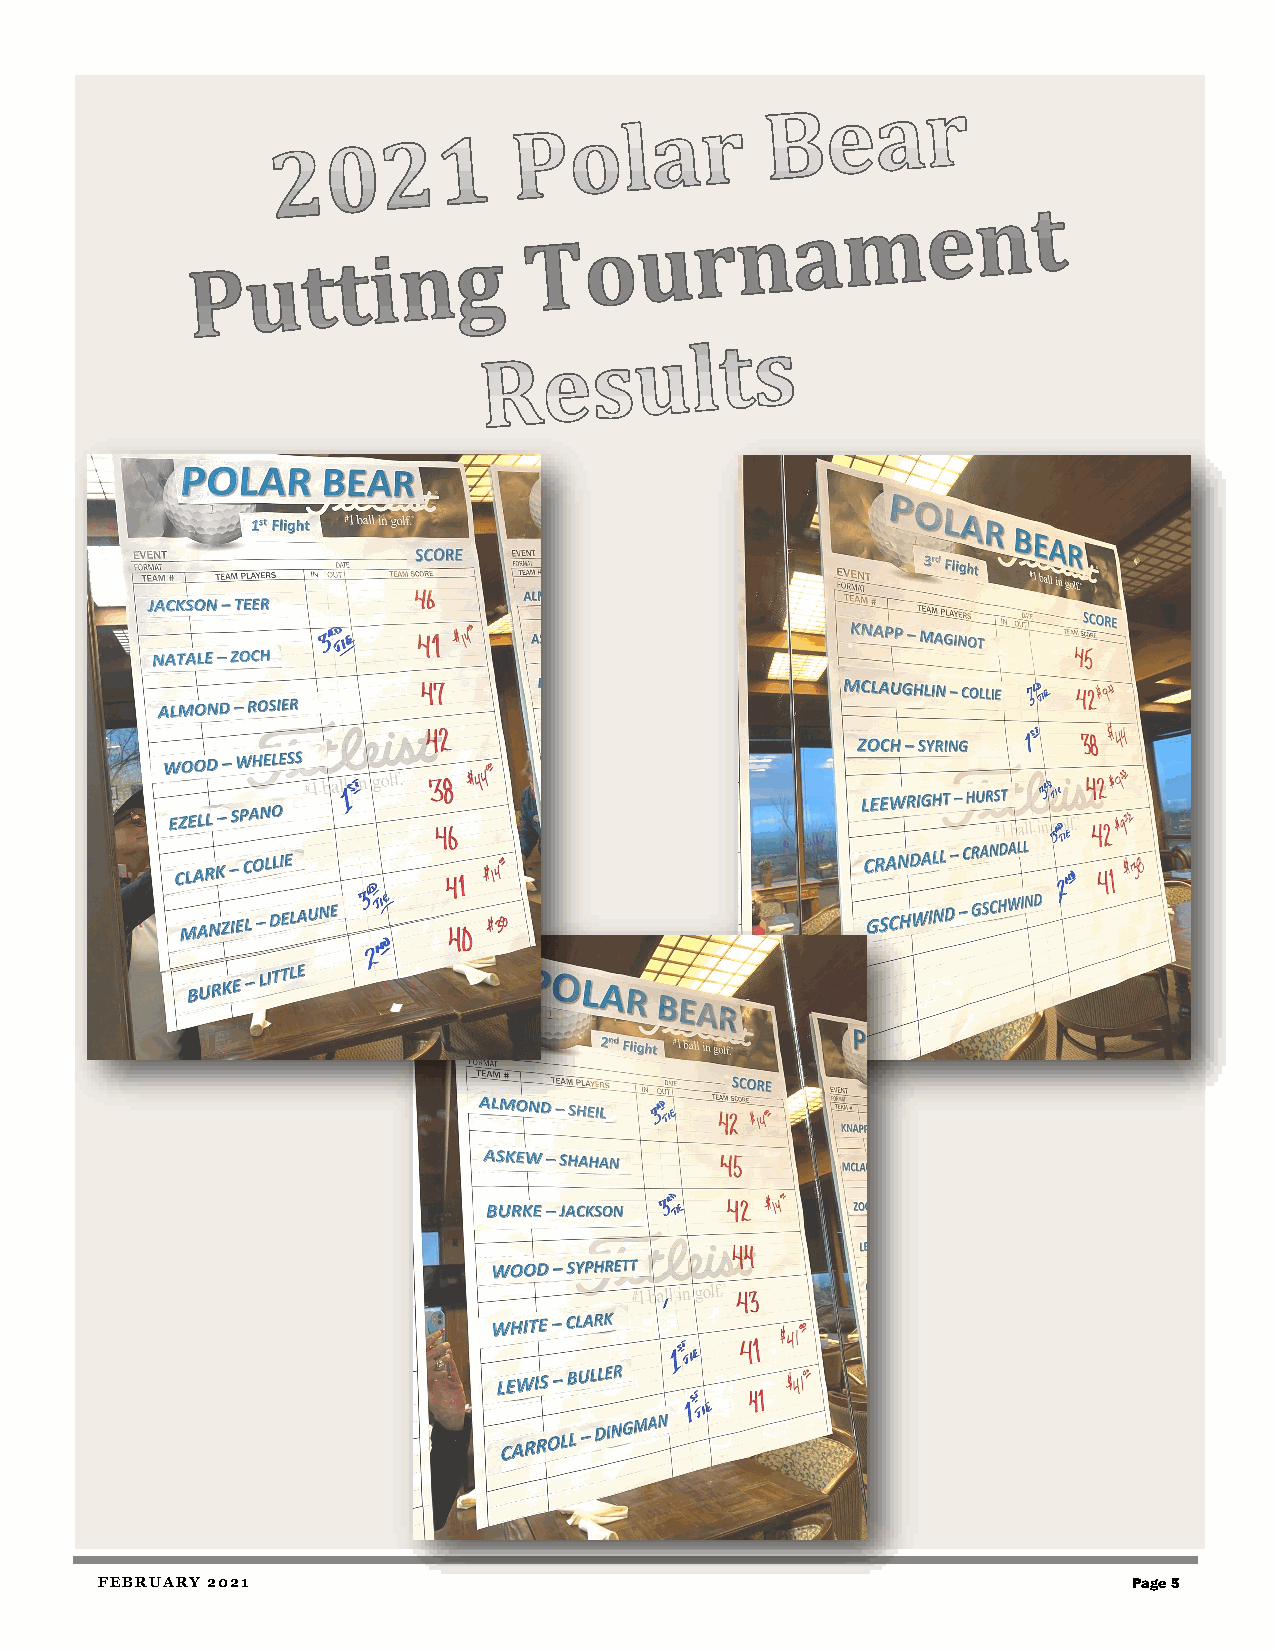
FEBRUARY 2021                                                        Page 5